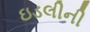
ઇડલીની